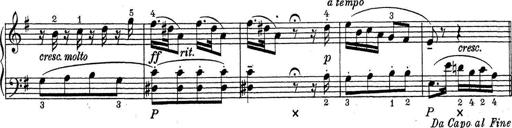
Title: ÄŒeskÃ© Sonatiny
Composer: Various